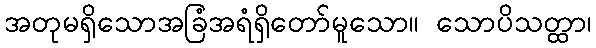
အတုမရှိသောအခြံအရံရှိတော်မူသော။ သောပိသတ္ထာ၊